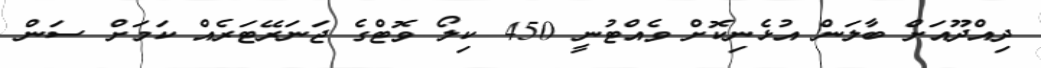
ދިއްދޫއަށް ބާލަން އުޅެނިކޮށް ވެއްޓުނީ 450 ކިލޯ ވޮޓްގެ ޖަނަރޭޓަރެއް ކަމަށް ސަން